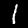
Label: 1